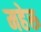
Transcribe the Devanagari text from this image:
महेरू